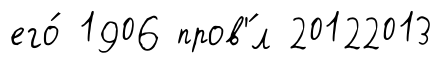
его́ 1906 пров'́л 20122013